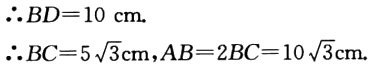
\(\therefore BD = 10\mathrm{ cm.}\)
\(\therefore BC = 5\sqrt{3}\mathrm{cm}, AB = 2BC = 10\sqrt{3}\mathrm{cm}.\)